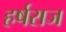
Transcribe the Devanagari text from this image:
हर्षराज